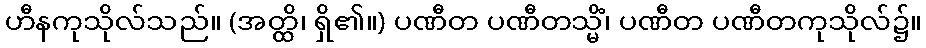
ဟီနကုသိုလ်သည်။ (အတ္ထိ၊ ရှိ၏။) ပဏီတ ပဏီတသ္မိံ၊ ပဏီတ ပဏီတကုသိုလ်၌။